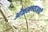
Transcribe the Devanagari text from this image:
ओळखण्याआधी